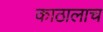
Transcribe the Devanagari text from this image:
काठालाच